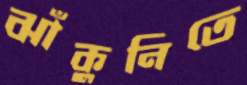
ঝাঁকুনিতে